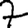
Digit: 7